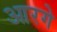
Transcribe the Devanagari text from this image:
आरगे